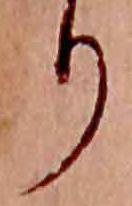
り